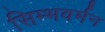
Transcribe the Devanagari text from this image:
सिम्भवर्मन